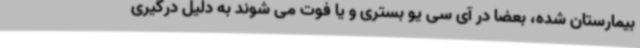
بیمارستان شده، بعضا در آی سی یو بستری و یا فوت می شوند به دلیل درگیری